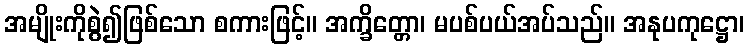
အမျိုးကိုစွဲ၍ဖြစ်သော စကားဖြင့်။ အက္ခိတ္တော၊ မပစ်ပယ်အပ်သည်။ အနုပကုဋ္ဌော၊